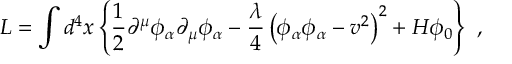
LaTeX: { \cal L } = \int d ^ { 4 } x \left\{ \frac { 1 } { 2 } \partial ^ { \mu } \phi _ { \alpha } \partial _ { \mu } \phi _ { \alpha } - \frac { \lambda } { 4 } \left( \phi _ { \alpha } \phi _ { \alpha } - v ^ { 2 } \right) ^ { 2 } + H \phi _ { 0 } \right\} \ ,